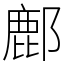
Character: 鄜